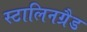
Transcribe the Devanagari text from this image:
स्टालिनग्रैड